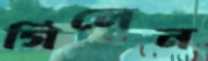
গিলেন